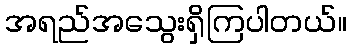
အရည်အသွေးရှိကြပါတယ်။